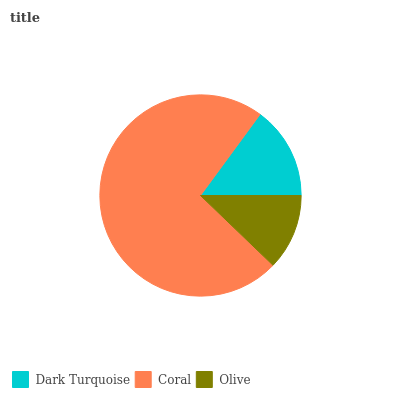
| Dark Turquoise | Coral | Olive |
 | --- | --- | --- |
 | 14.9% | 72.9% | 12.2% |